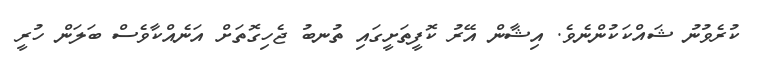
ކުރެވުނު ޝައްކަކުންނެވެ. އިޝާން އޭރު ކޮފީތަށީގައި ތުނބު ޖެހިގޮތަށް އަނެއްކާވެސް ބަލަން ހުރީ